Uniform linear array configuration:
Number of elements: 8
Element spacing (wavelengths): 1
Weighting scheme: blackman
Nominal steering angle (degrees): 30
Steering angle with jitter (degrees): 28.325
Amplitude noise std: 0.05
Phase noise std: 0.05

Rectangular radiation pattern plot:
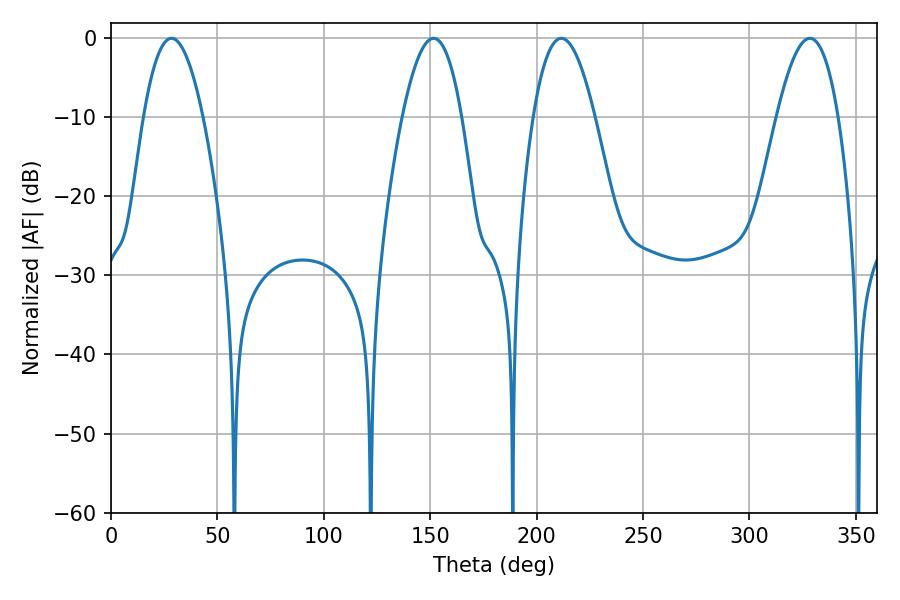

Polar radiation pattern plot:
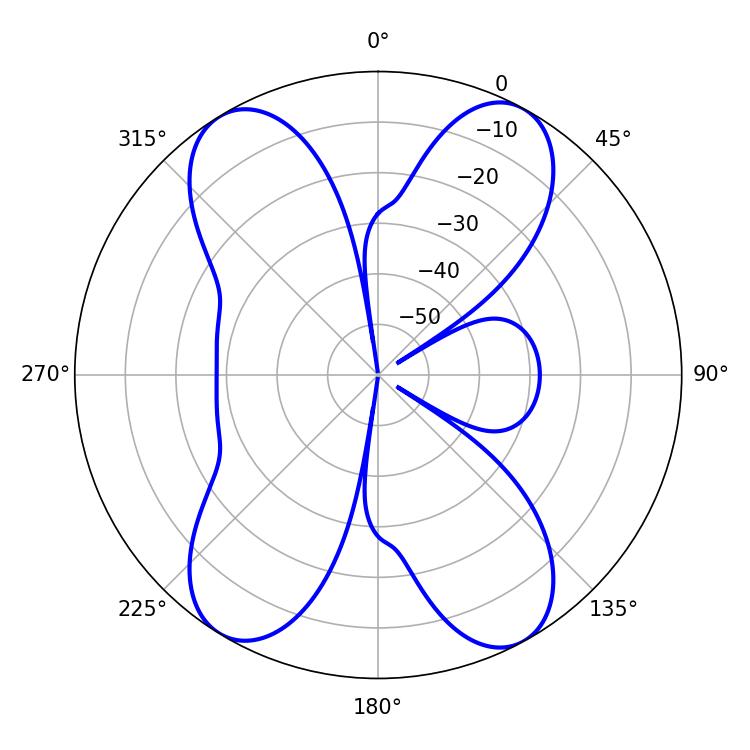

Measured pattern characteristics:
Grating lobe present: TRUE
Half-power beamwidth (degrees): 15.3
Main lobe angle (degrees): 28.44